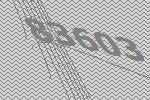
83603